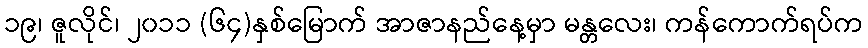
၁၉၊ ဇူလိုင်၊ ၂၀၁၁ (၆၄)နှစ်မြောက် အာဇာနည်နေ့မှာ မန္တလေး၊ ကန်ကောက်ရပ်က